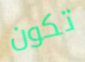
تكون